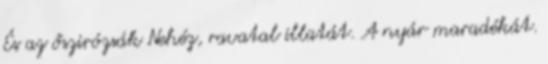
És az őszirózsák Nehéz, ravatal illatát. A nyár maradékát.